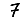
Digit: 7